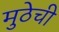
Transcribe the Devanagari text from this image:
मुठेची